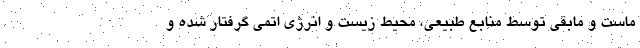
ماست و مابقی توسط منابع طبیعی، محیط زیست و انرژی اتمی گرفتار شده و